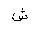
Letter: _shin